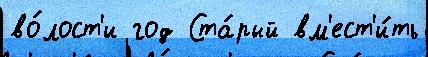
во́лост'и год Ста́рый вм'ест'и́ть